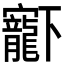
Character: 𡬈